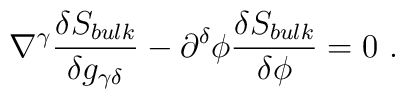
\nabla^\gamma {\delta S_{bulk}\over \delta g_{\gamma \delta}}-   \partial^\delta \phi {\delta S_{bulk}\over \delta \phi}=0  \ .